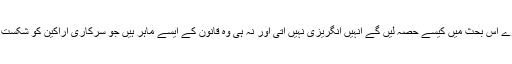
اب انا ہزارے اس بحث میں کیسے حصہ لیں گے انہیں انگریزی نہیں آتی اور نہ ہی وہ قانون کے ایسے ماہر ہیں جو سرکاری اراکین کو شکست دے سکیں۔